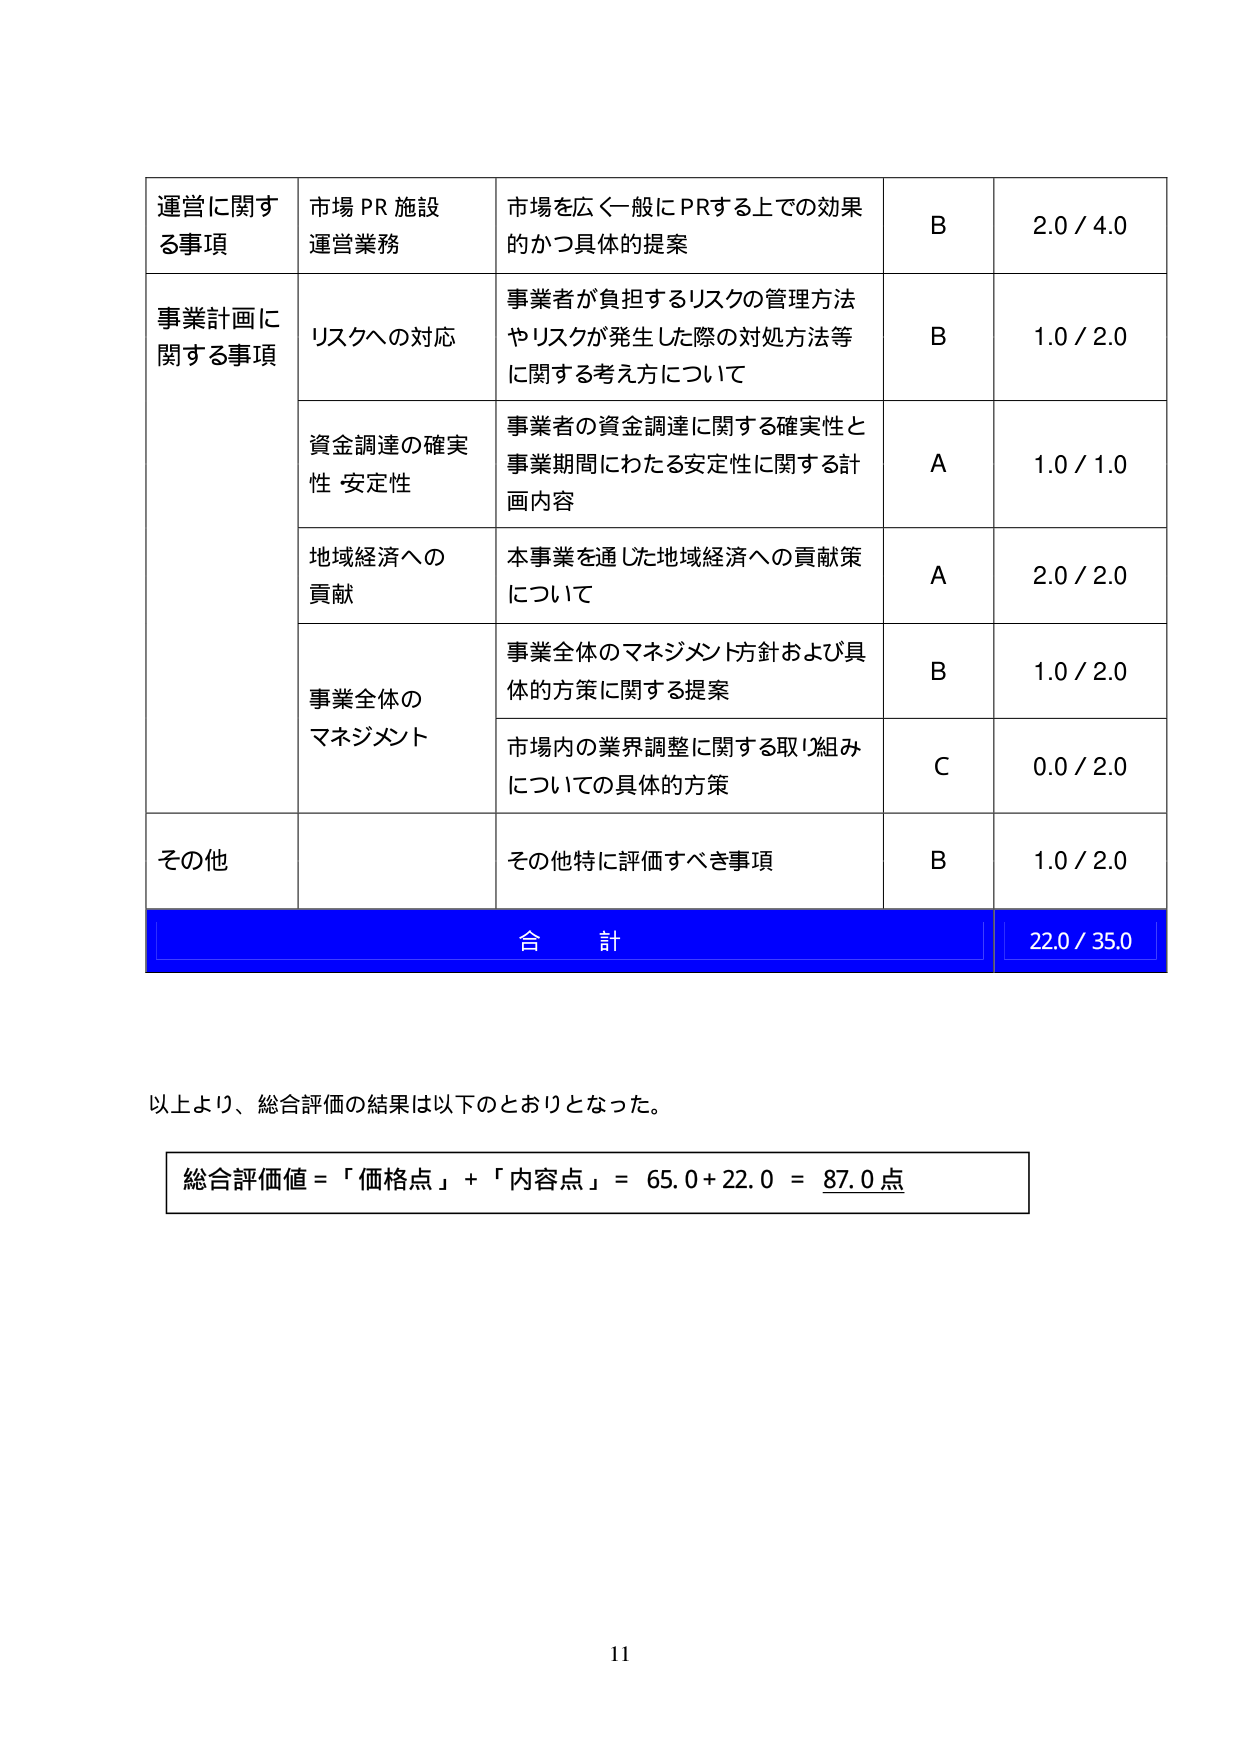
運営に関する事項　市場 PR 施設 運営業務　市場を広く一般にPRする上での効果的かつ具体的提案　B　2.0 / 4.0
事業計画に関する事項　リスクへの対応　事業者が負担するリスクの管理方法やリスクが発生した際の対処方法等に関する考え方について　B　1.0 / 2.0
資金調達の確実性・安定性　事業者の資金調達に関する確実性と事業期間にわたる安定性に関する計画内容　A　1.0 / 1.0
地域経済への貢献　本事業を通じた地域経済への貢献策について　A　2.0 / 2.0
事業全体のマネジメント　事業全体のマネジメント方針および具体の方策に関する提案　B　1.0 / 2.0
市場内の業界調整に関する取り組みについての具体の方策　C　0.0 / 2.0
その他　その他特に評価すべき事項　B　1.0 / 2.0
合計　22.0 / 35.0
以上より、総合評価の結果は以下のとおりとなった。
総合評価値 = 「価格点」+「内容点」= 65.0 + 22.0 = 87.0 点
11